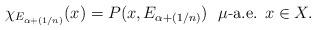
LaTeX: \begin{align*}\chi_{E_{\alpha + (1/n)}} (x) = P(x, E_{\alpha + (1/n)}) \ \ \mu\mbox{-a.e. } x \in X. \end{align*}